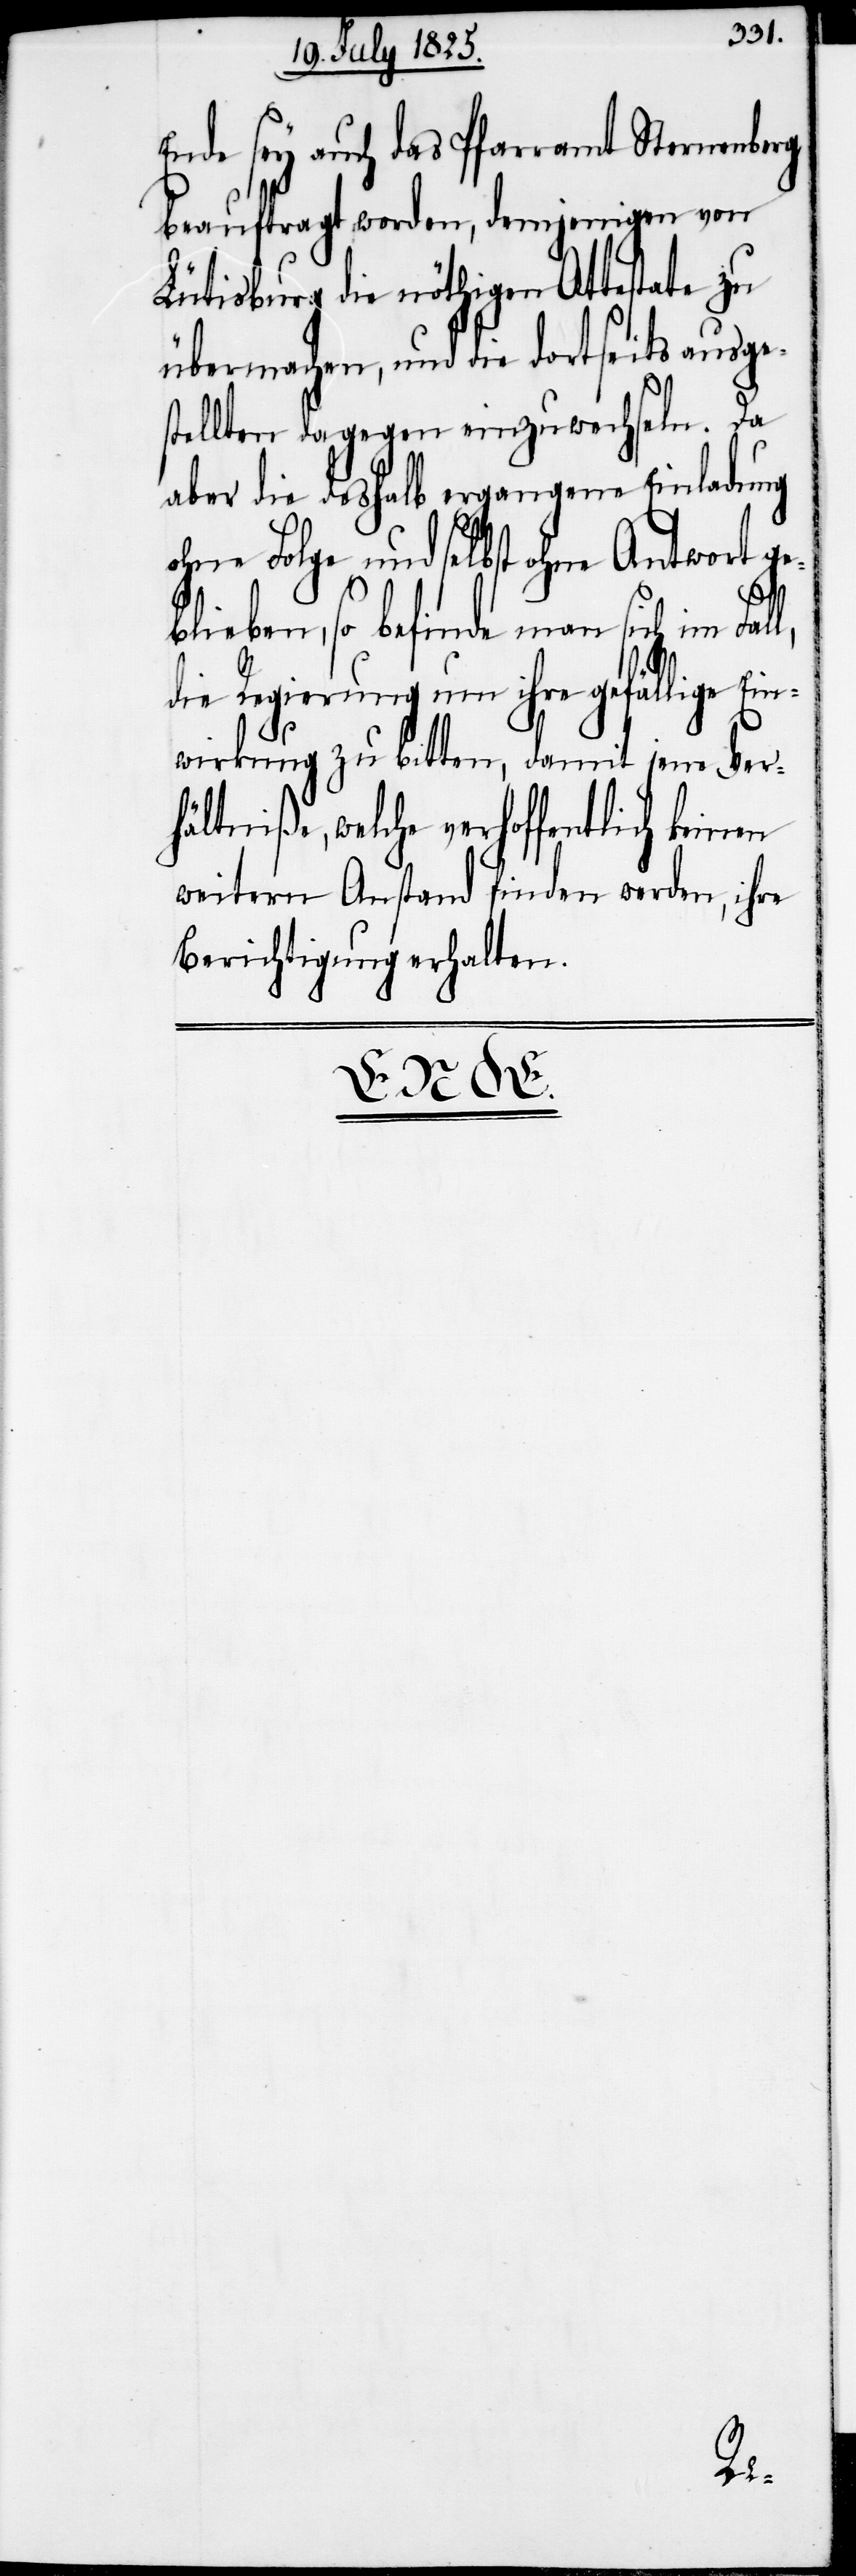
Ende sey auch das Pfarramt Sternenberg
beauftragt worden, demjenigen von
Lütisburg die nöthigen Attestate zu
übermachen, und die dortseits ausge¬
stellten dagegen einzuwechseln. Da
aber die deshalb ergangene Einladung
ohne Folge und selbst ohne Antwort ge¬
lieben, so befinde man sich im
die Regierung um ihre gefällige Ein¬
wirkung zu bitten, damit jene Ver¬
hältniße, welche verhoffentlich keinen
weitern Anstand finden werden, ihre
Berichtigung erhalten.

b¬